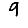
Digit: 9